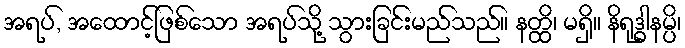
အရပ်, အထောင့်ဖြစ်သော အရပ်သို့ သွားခြင်းမည်သည်။ နတ္ထိ၊ မရှိ။ နိရုဒ္ဓါနမ္ပိ၊